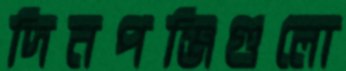
দিনপঞ্জিগুলো